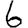
Digit: 6